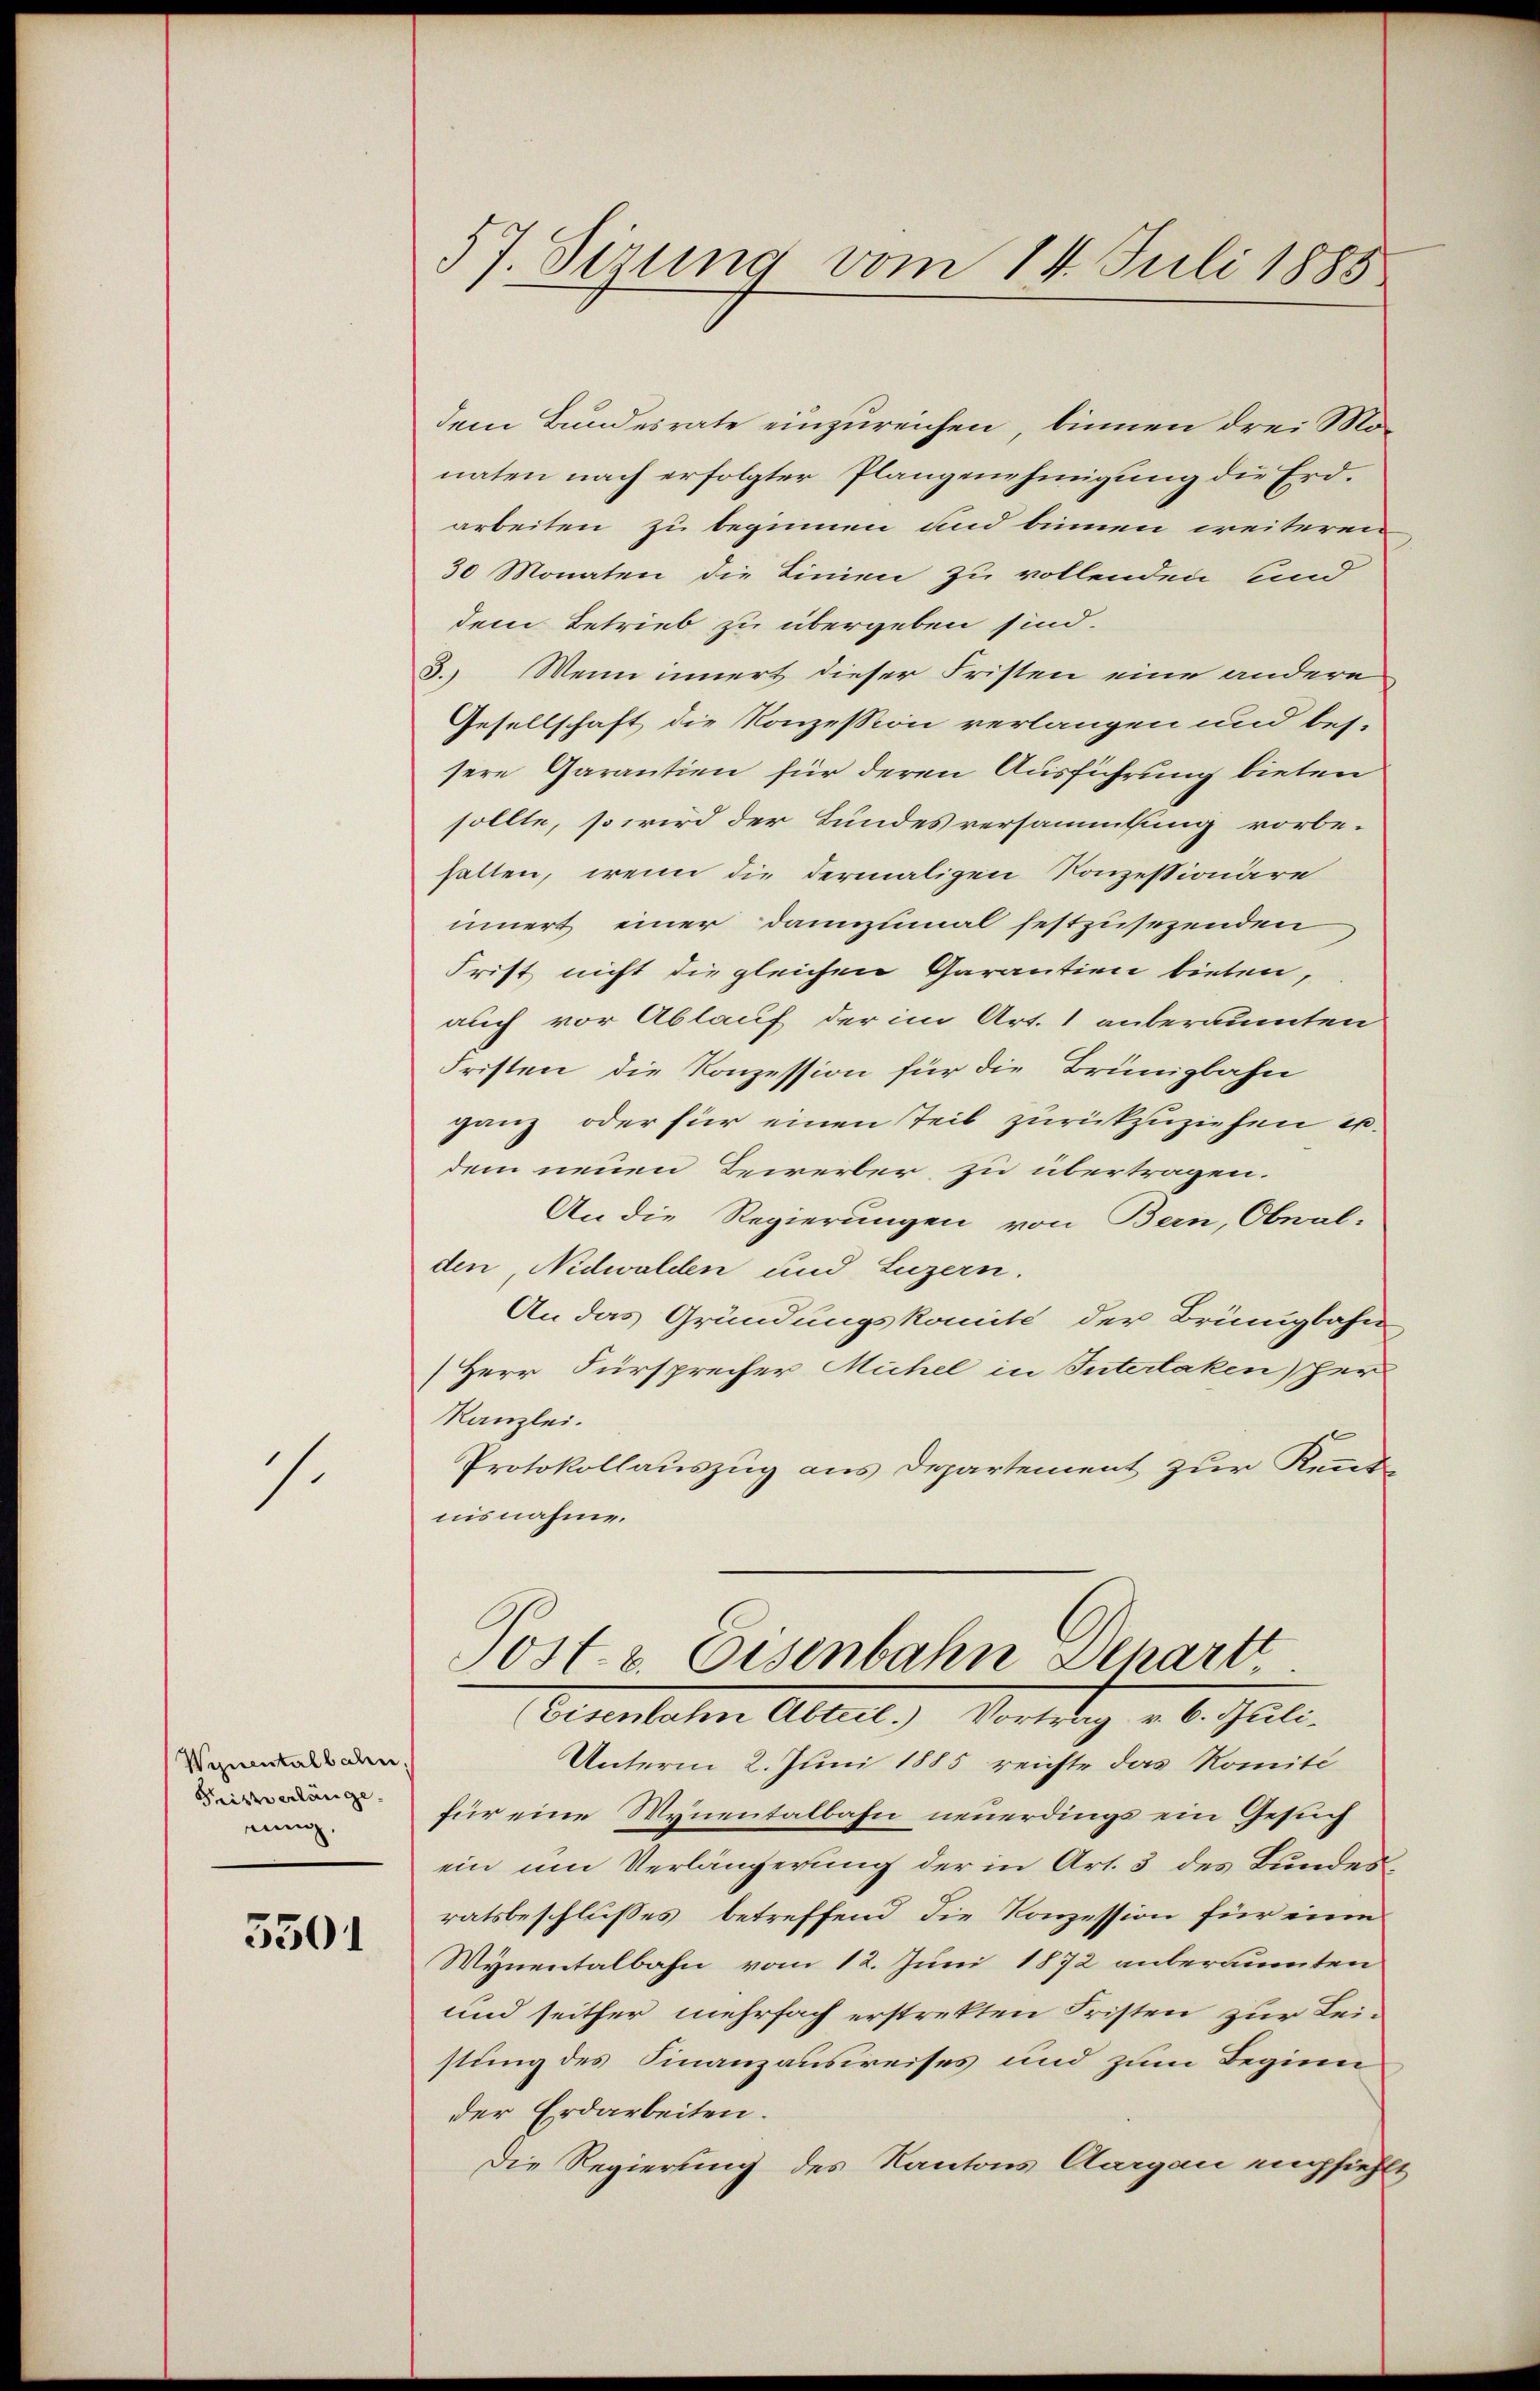
.

Wynentalbahn
Fristverlänge.
einig.

5501

57. Sirung vom 14. Juli 1885

dem Bundesrate einzureichen, binnen drei Monaten nach erfolgter Plangenehmigŭng die Erd-
arbeiten zu beginnen und binnen weiteren
30 Monaten die Linien zu vollenden und
dem Betrieb zu übergeben sind.
3. Wenn innert dieser Fristen eine andere
Gesellschaft die Konzession verlangen und bes.
sere Garantien für deren Ausführung bieten
sollte, so wird der Bundesversammlung vorbe-
halten, wenn die dermaligen Konzessionäre
innert einer dannzumal festzusezenden
Frist nicht die gleichen Garantien bieten,
auch vor Ablauf der im Art. 1 anberaumten
Fristen die Konzession für die Brüngbahn
ganz oder für einen Teil zurückzuziehen u.
dem neuen Beirerber zu übertragen.
An die Regierungen von Bern, Obwal-
den Nidwalden und Luzern.
An das Gründungskomité der Brünigbahn
Herr Fürsprecher Michel in Intertaken her
Kanzlei.
Protokollauszug aus Departement zur Kennt
nisnahme.
Post. v. Eisenbahn Departt
(Eisenbahn Abteil) Vortrag v. 6. Juli.
Unterm 2. Juni 1885 reichte das Romité
für eine Wynentalbahn neuerdings ein Gesuch
ein um Verlängerung der in Art. 3 des Bundesratsbeschlusses betreffend die Konzession für eine
Wynentalbahn vom 12. Juni 1872 anberaumten
und seither mehrfach erstrekten Fristen zur Leistung des Finanzausweises und zum Beginn
der Erdarbeiten.
Die Regierung des Kantons Aargau empfiehlt